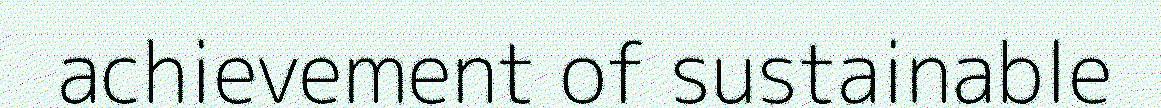
achievement of sustainable